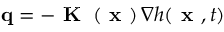
\mathbf { q } = - \textbf { K } \left( \textbf { x } \right) \nabla h ( \textbf { x } , t )